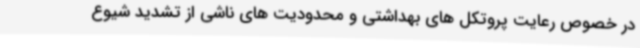
در خصوص رعایت پروتکل های بهداشتی و محدودیت های ناشی از تشدید شیوع